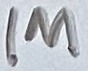
Text: 1M